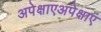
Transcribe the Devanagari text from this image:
अपेक्षाएअपेक्षाएं